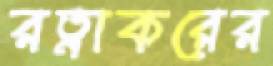
রত্নাকরের